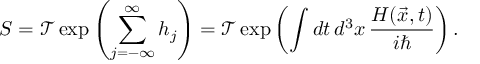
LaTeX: S = { \mathcal { T } } \exp \left( \sum _ { j = - \infty } ^ { \infty } h _ { j } \right) = { \mathcal { T } } \exp \left( \int d t \, d ^ { 3 } x \, { \frac { H ( { \vec { x } } , t ) } { i \hbar } } \right) .